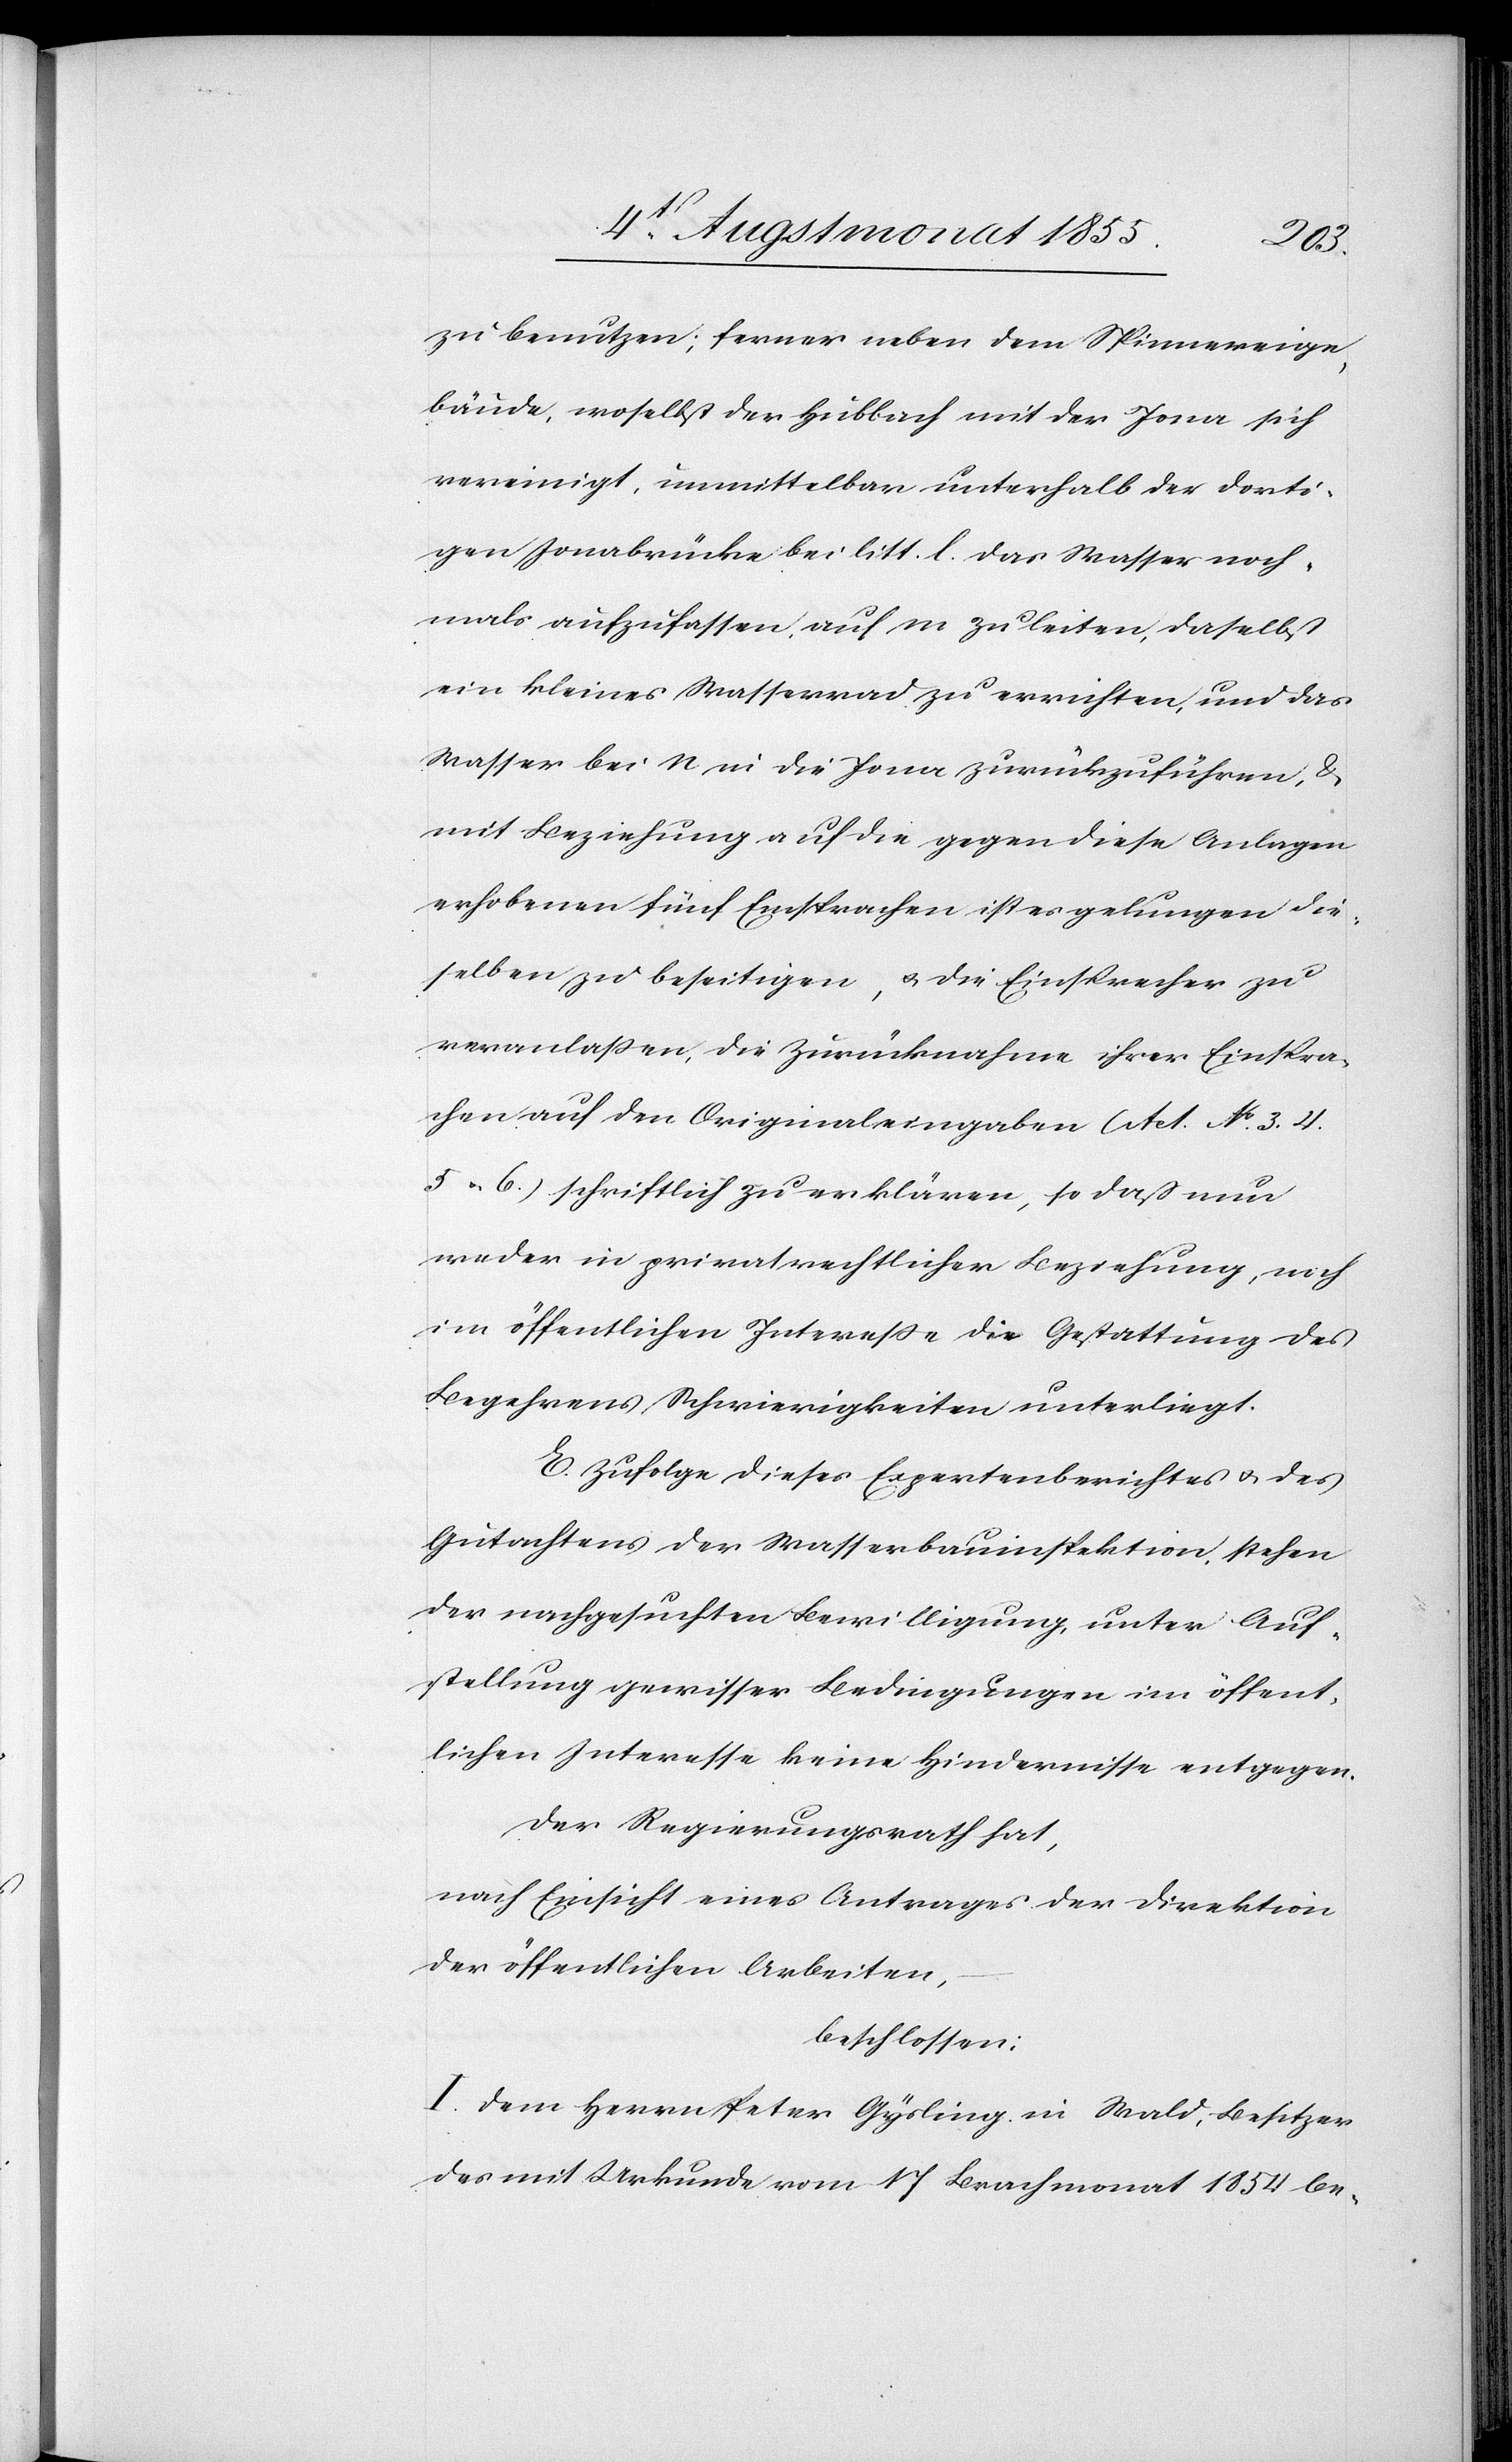
zu benutzen; ferner neben dem Spinnereige¬
bäude, woselbst der Hubbach mit der Jona sich
vereinigt, unmittelbar unterhalb der dorti¬
gen Jonabrücke bei litt. l. das Wasser noch¬
mals aufzufassen, auf m zu leiten, daselbst
ein kleines Wasserrad zu errichten, und das
Wasser bei n in die Jona zurückzuführen, &
mit Beziehung auf die gegen diese Anlagen
erhobenen fünf Einsprachen ist es gelungen die¬
selben zu beseitigen, & die Einsprecher zu
veranlaßen, die Zurücknahme ihrer Einspra¬
chen auf den Originaleingaben (Act. No. 3. 4.
5 & 6.) schriftlich zu erklären, so daß nun
weder in privatrechtlicher Beziehung, noch
im öffentlichen Intereße die Gestattung des
Begehrens Schwierigkeiten unterliegt.
E. Zufolge dieses Expertenberichtes & des
Gutachtens der Wasserbauinspektion, stehen
der nachgesuchten Bewilligung, unter Auf¬
stellung gewisser Bedingungen im öffent¬
lichen Interesse keine Hindernisse entgegen.
Der Regierungsrath hat,
nach Einsicht eines Antrages der Direktion
der öffentlichen Arbeiten,
beschlossen:
I. Dem Herrn Peter Gysling in Wald, Besitzer
des mit Urkunde vom 17 Brachmonat 1854 be-